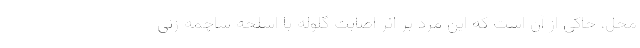
محل، حاکی از آن است که این مرد بر اثر اصابت گلوله با اسلحه ساچمه زنی